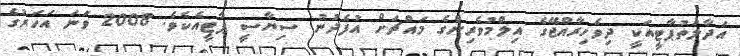
އަދާލަތުޕާޓީއަކީ ދިވެހިރާއްޖޭގެ އިލްމުވެރިންގެ މައްޗަށް އުފެދުނު ސިޔާސީ ޕާޓީއެކެވެ. 2008 ވަނަ އަހަރުގެ